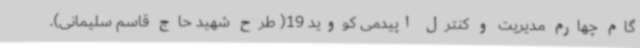
گام چهارم مدیریت و کنترل اپیدمی کووید 19( طرح شهید حاج قاسم سلیمانی)،